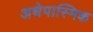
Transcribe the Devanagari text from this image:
अधेपास्मिक